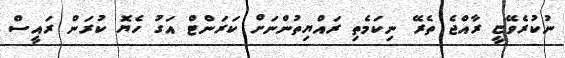
ނުކުރެވޭޏީ ރާއްޖެ ތެރޭ ނިކަމެތި ރައްޔިތުންނަށް ކަރަންޓް އަގު ހެޔޮ ކުރަން ރައީސް